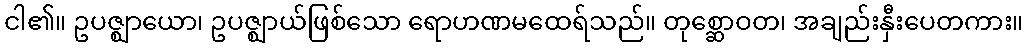
ငါ၏။ ဥပဇ္ဈာယော၊ ဥပဇ္ဈာယ်ဖြစ်သော ရောဟဏမထေရ်သည်။ တုစ္ဆောဝတ၊ အချည်းနှီးပေတကား။